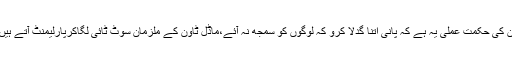
ان کا کہناتھاکہ ن لیگی ترجمان کی حکمت عملی یہ ہے کہ پانی اتنا گدلا کرو کہ لوگوں کو سمجھ نہ آئے،ماڈل ٹاون کے ملزمان سوٹ ٹائی لگاکرپارلیمنٹ آتے ہیں،انہیں تو جیل میں ہونا چاہیے۔